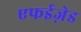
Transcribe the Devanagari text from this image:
एफईज़ेड